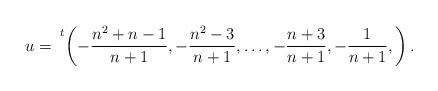
LaTeX: \begin{align*}u = \!\!\mbox{\phantom{$\Big($}}^t\! \left(-\frac{n^2+n-1}{n+1},-\frac{n^2-3}{n+1},\dots,-\frac{n+3}{n+1},-\frac{1}{n+1},\right).\end{align*}